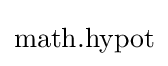
{\mbox{math.hypot}}